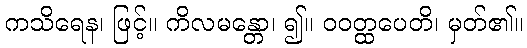
ကသိရေန၊ ဖြင့်။ ကိလမန္တော၊ ၍။ ဝဝတ္ထပေတိ၊ မှတ်၏။